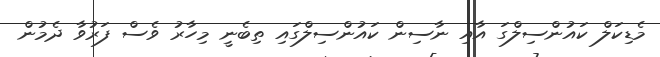
މެޑިކަލް ކައުންސިލްގަ އާއި ނާސިން ކައުންސިލްގައި ތިބެނީ މިހާރު ވެސް ފަރުވާ ދެމުން